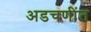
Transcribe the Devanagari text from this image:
अडचणींत